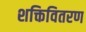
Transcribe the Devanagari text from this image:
शक्तिवितरण